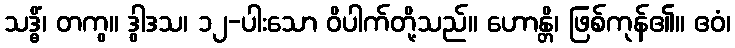
သဒ္ဓိံ၊ တကွ။ ဒွါဒသ၊ ၁၂-ပါးသော ဝိပါက်တို့သည်။ ဟောန္တိ၊ ဖြစ်ကုန်၏။ ဧဝံ၊